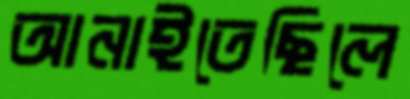
আনাইতেছিলে